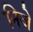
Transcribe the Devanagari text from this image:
निजे